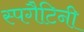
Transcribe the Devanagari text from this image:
स्पगैटिनी